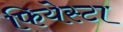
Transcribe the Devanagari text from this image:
फियेस्टा